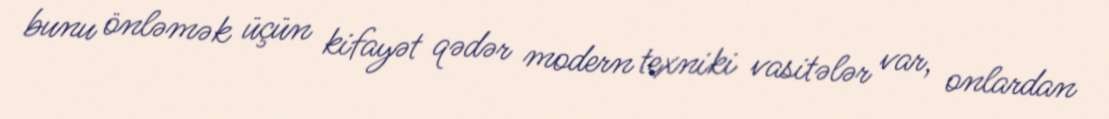
bunu önləmək üçün kifayət qədər modern texniki vasitələr var, onlardan